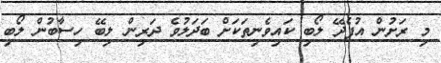
މި ރަށުން އުފެދޭ ލޯބި ކައިވެނިތަކަށް ބަދަލުވެ ދަރިން ލިބޭ ހިސާބުން ލޯބި